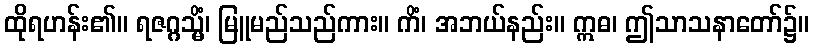
ထိုရဟန်း၏။ ရဇဂ္ဂသ္မိံ၊ မြူမည်သည်ကား။ ကိံ၊ အဘယ်နည်း။ ဣဓ၊ ဤသာသနာတော်၌။